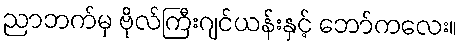
ညာဘက်မှ ဗိုလ်ကြီးဂျင်ယန်းနှင့် ဘော်ကလေး။